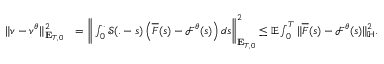
\begin{array} { r l } { \Vert v - v ^ { \theta } \Vert _ { \mathbf { E } _ { T , 0 } } ^ { 2 } } & { = \bigg \Vert \int _ { 0 } ^ { . } \mathcal { S } ( . - s ) \left( \overline { { F } } ( s ) - \mathcal { F } ^ { \theta } ( s ) \right) d s \bigg \Vert _ { \mathbf { E } _ { T , 0 } } ^ { 2 } \leq \mathbb { E } \int _ { 0 } ^ { T } \Vert \overline { { F } } ( s ) - \mathcal { F } ^ { \theta } ( s ) \Vert _ { \mathbb { H } } ^ { 2 } . } \end{array}